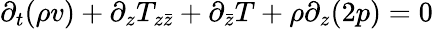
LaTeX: \partial_{t}(\rho v)+\partial_{z}T_{z\bar{z}}+\partial_{\bar{z}}T+\rho\partial_{z}(2p)=0